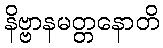
နိဗ္ဗာနမတ္တနောတိ